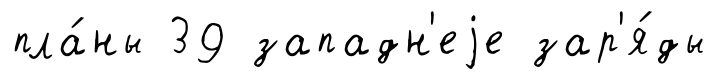
пла́ны 39 западн'еjе зар'я́ды